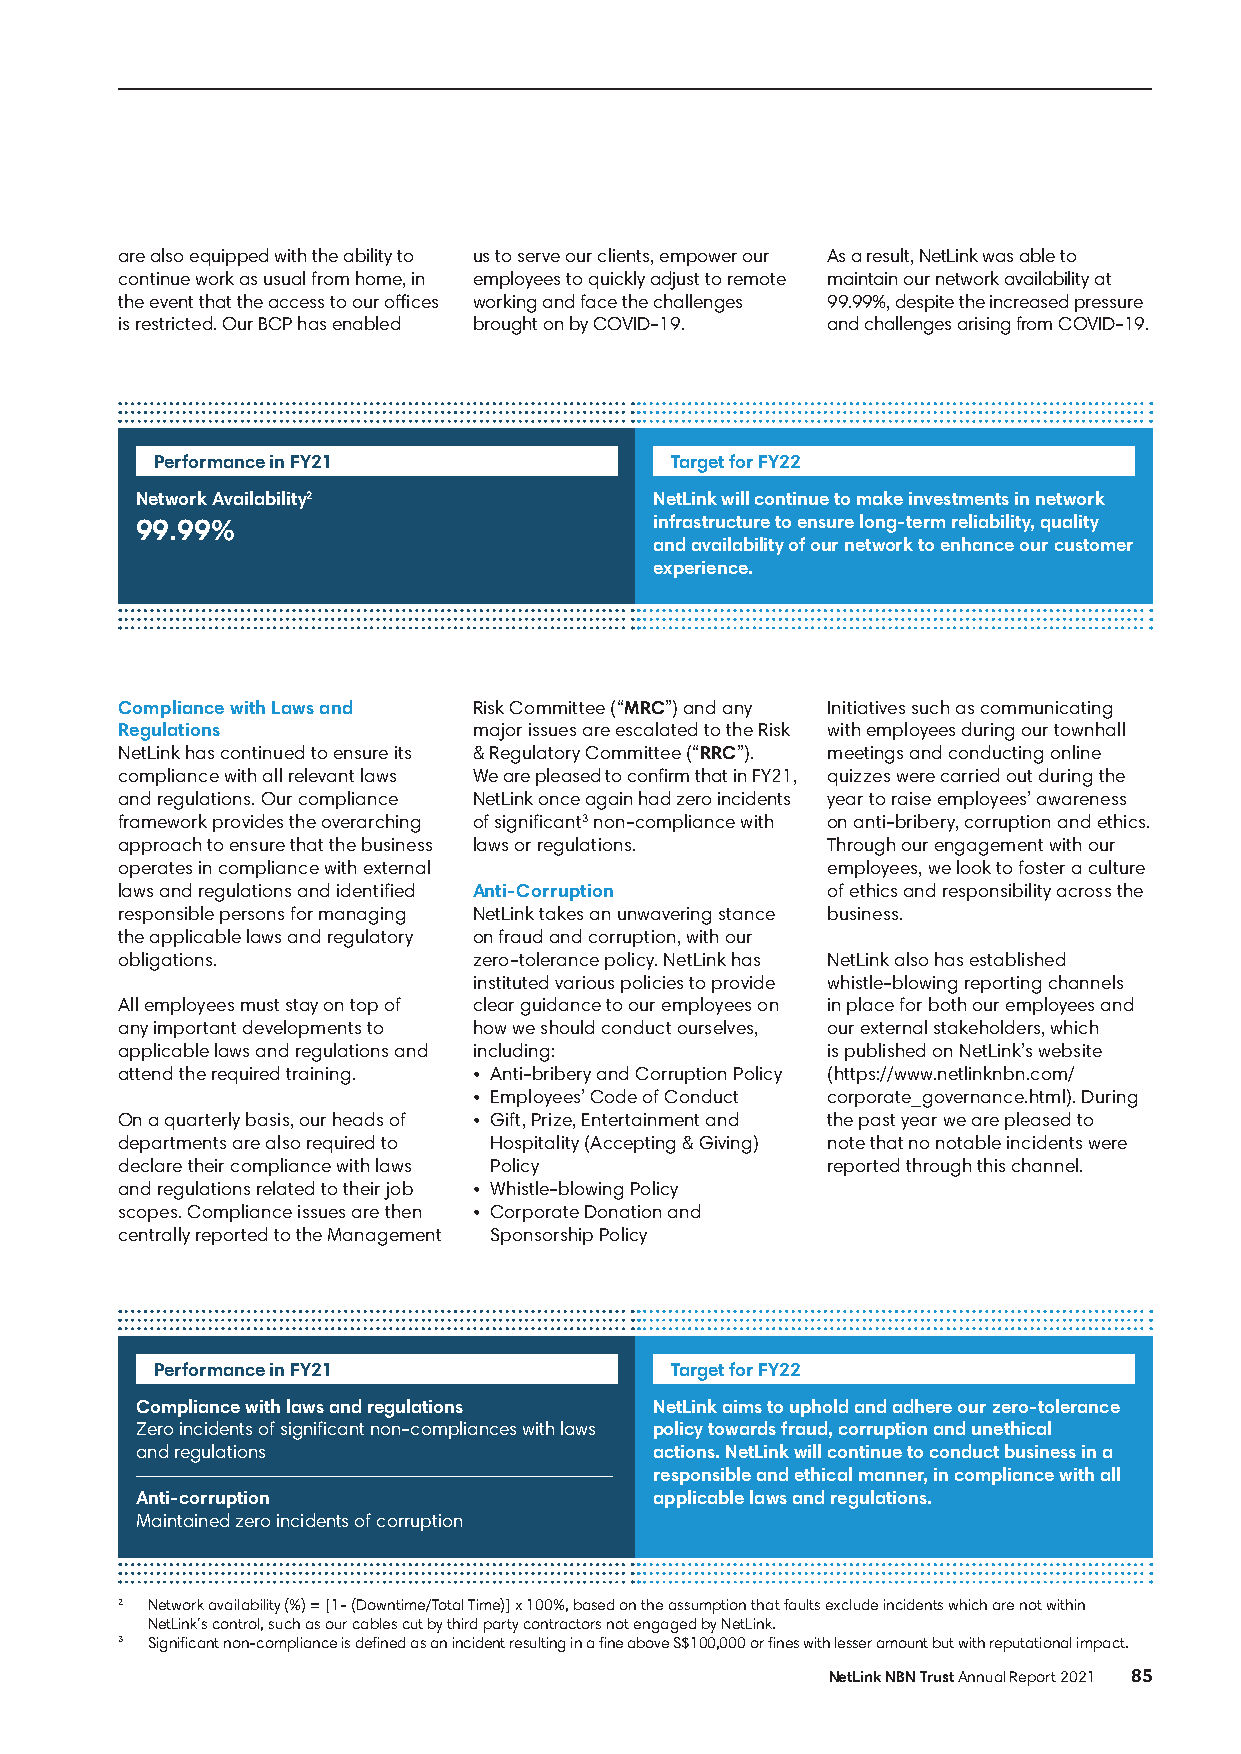
are also equipped with the ability to us to serve our clients, empower our As a result, NetLink was able to
 continue work as usual from home, in employees to quickly adjust to remote maintain our network availability at
 the event that the access to our offices working and face the challenges 99.99%, despite the increased pressure
 is restricted. Our BCP has enabled brought on by COVID-19. and challenges arising from COVID-19.
 Performance in FY21               Target for FY22
 Network Availability2             NetLink will continue to make investments in network
 99.99%                            infrastructure to ensure long-term reliability, quality
 and availability of our network to enhance our customer
 experience.
 Compliance with Laws and Risk Committee (“MRC”) and any Initiatives such as communicating
 Regulations            major issues are escalated to the Risk with employees during our townhall
 NetLink has continued to ensure its & Regulatory Committee (“RRC”). meetings and conducting online
 compliance with all relevant laws We are pleased to confirm that in FY21, quizzes were carried out during the
 and regulations. Our compliance NetLink once again had zero incidents year to raise employees’ awareness
 framework provides the overarching of significant3 non-compliance with on anti-bribery, corruption and ethics.
 approach to ensure that the business laws or regulations. Through our engagement with our
 operates in compliance with external           employees, we look to foster a culture
 laws and regulations and identified Anti-Corruption of ethics and responsibility across the
 responsible persons for managing NetLink takes an unwavering stance business.
 the applicable laws and regulatory on fraud and corruption, with our
 obligations.           zero-tolerance policy. NetLink has NetLink also has established
 instituted various policies to provide whistle-blowing reporting channels
 All employees must stay on top of clear guidance to our employees on in place for both our employees and
 any important developments to how we should conduct ourselves, our external stakeholders, which
 applicable laws and regulations and including: is published on NetLink’s website
 attend the required training. • Anti-bribery and Corruption Policy (https://www.netlinknbn.com/
 • Employees’ Code of Conduct corporate_governance.html). During
 On a quarterly basis, our heads of • Gift, Prize, Entertainment and the past year we are pleased to
 departments are also required to Hospitality (Accepting & Giving) note that no notable incidents were
 declare their compliance with laws Policy      reported through this channel.
 and regulations related to their job • Whistle-blowing Policy
 scopes. Compliance issues are then • Corporate Donation and
 centrally reported to the Management Sponsorship Policy
 Performance in FY21               Target for FY22
 Compliance with laws and regulations NetLink aims to uphold and adhere our zero-tolerance
 Zero incidents of significant non-compliances with laws policy towards fraud, corruption and unethical
 and regulations                   actions. NetLink will continue to conduct business in a
 responsible and ethical manner, in compliance with all
 Anti-corruption                   applicable laws and regulations.
 Maintained zero incidents of corruption
 2 Network availability (%) = [1- (Downtime/Total Time)] x 100%, based on the assumption that faults exclude incidents which are not within
 NetLink’s control, such as our cables cut by third party contractors not engaged by NetLink.
 3 Significant non-compliance is defined as an incident resulting in a fine above S$100,000 or fines with lesser amount but with reputational impact.
 NetLink NBN Trust Annual Report 2021 85